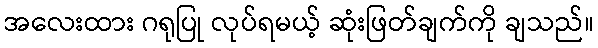
အလေးထား ဂရုပြု လုပ်ရမယ့် ဆုံးဖြတ်ချက်ကို ချသည်။